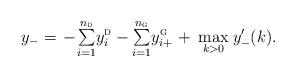
LaTeX: \begin{align*}y_- \mkern1mu=\mkern1mu{{\textstyle{-\mkern-1.5mu\sum\limits_{i=1}^{n_{{\textsc{d}}}}} y_i^{\textsc{d}}}}-{{\textstyle{\sum\limits_{i=1}^{n_{{\textsc{g}}}}} y_{i+}^{\textsc{g}}}}\mkern1.5mu+\mkern4mu \max_{k>0} \mkern1.5mu y'_-(k).\end{align*}